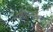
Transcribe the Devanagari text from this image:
पंथोपपंथांच्या